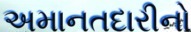
અમાનતદારીનો